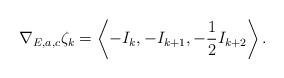
LaTeX: \begin{align*}\nabla_{E,a,c}\zeta_k=\left<-I_k,-I_{k+1},-\frac{1}{2}I_{k+2}\right>.\end{align*}